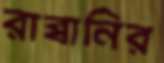
রাব্বানির